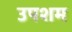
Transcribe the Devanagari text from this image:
उपशम